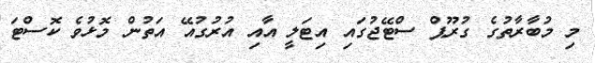
މި މުބާރާތުގެ ގުރޫޕް ސްޓޭޖުގައި އިޓަލީ އާއި އުރުގުއޭ އަތުން މޮޅުވެ ކޮސްޓަ